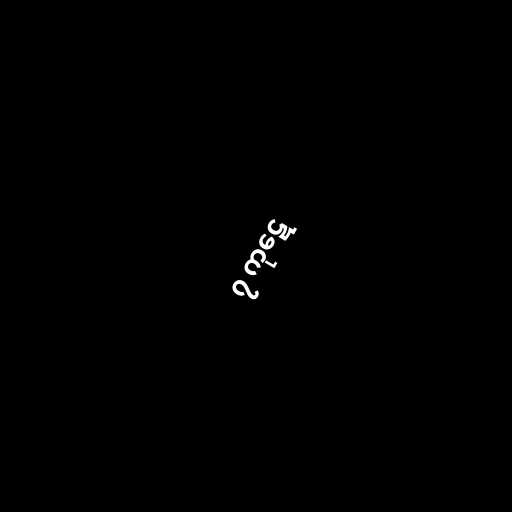
၇ ကုဋေ